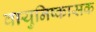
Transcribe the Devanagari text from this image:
वायुनिष्कासक